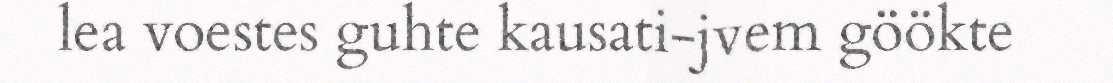
lea voestes guhte kausati-jvem göökte